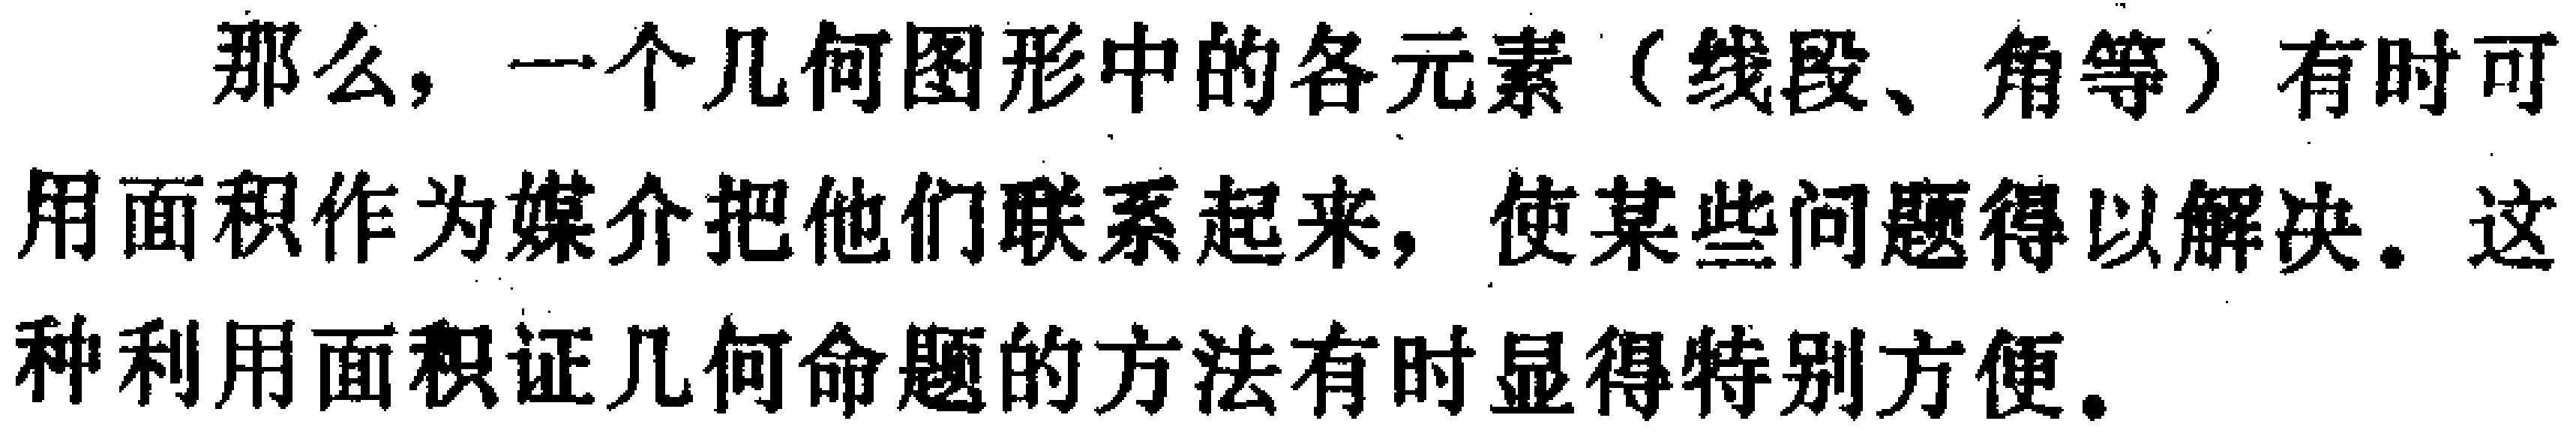
那么，一个几何图形中的各元素（线段、角等）有时可用面积作为媒介把他们联系起来，使某些问题得以解决。这种利用面积证几何命题的方法有时显得特别方便。